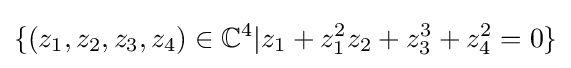
\{(z_{1},z_{2},z_{3},z_{4})\in \mathbb {C} ^{4}|z_{1}+z_{1}^{2}z_{2}+z_{3}^{3}+z_{4}^{2}=0\}